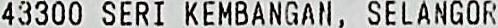
43300 SERI KEMBANGAN, SELANGOR